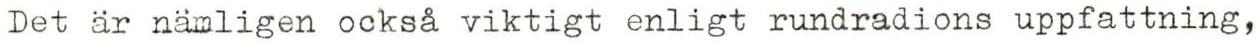
Det är nämligen också viktigt enligt rundradions uppfattning,